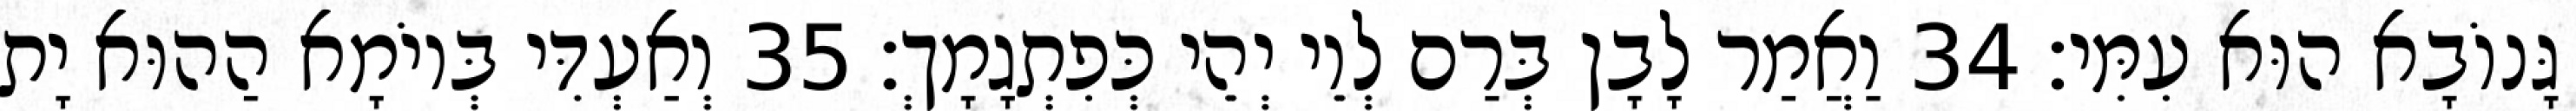
גָּנוֹבָא הוּא עִמִּי׃ 34 וַאֲמַר לָבָן בְּרַם לְוֵי יְהֵי כְּפִתְגָמָךְ׃ 35 וְאַעְדִּי בְּיוֹמָא הַהוּא יָת